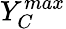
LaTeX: Y_{{C}}^{max}